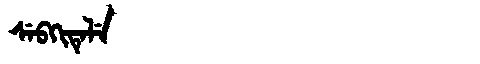
Manchu: ᠰᡝᠪᡴᡳᡨᡝᠯᡝ
Romanization: SEBKITELE